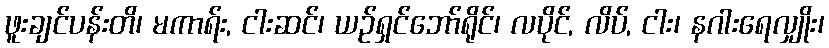
ဖူးချင်ပန်းတိ၊ မကာရ်း, ငါးဆင်၊ ယဉ်ရှင်ဘော်ရိုင်၊ လပိုင်, လိပ်, ငါး၊ နဂါးရေလျှိုး၊